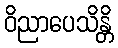
ဝိညာပေသိန္တိ